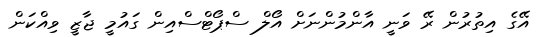
އޭގެ އިތުރުން ރޭ ވަނީ އާންމުންނަށް އޯލް ސްޕޯޓްސްއިން ގައުމީ ޖާޒީ ވިއްކަން